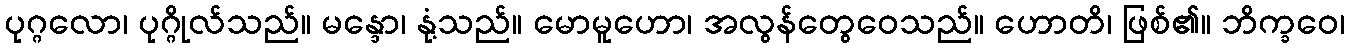
ပုဂ္ဂလော၊ ပုဂ္ဂိုလ်သည်။ မန္ဒော၊ နုံ့သည်။ မောမူဟော၊ အလွန်တွေဝေသည်။ ဟောတိ၊ ဖြစ်၏။ ဘိက္ခဝေ၊